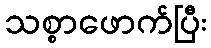
သစ္စာဖောက်ပြီး